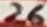
Text: 26